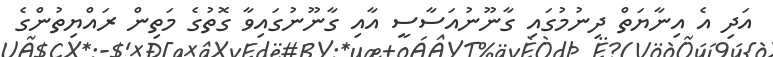
އަދި އެ އިނާޔަތް ދިނުމުގައި ގާނޫނުއަސާސީ އާއި ގާނޫނުގައިވާ ގޮތުގެ މަތިން ރައްޔިތުންގެ